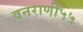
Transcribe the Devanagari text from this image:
वनराणी५५